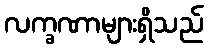
လက္ခဏာများရှိသည်